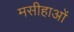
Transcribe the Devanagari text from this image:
मसीहाओं